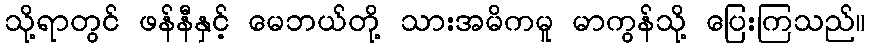
သို့ရာတွင် ဖန်နီနှင့် မေဘယ်တို့ သားအမိကမူ မာကွန်သို့ ပြေးကြသည်။